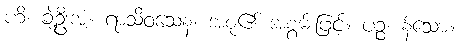
ဟိ၊ ချဲ့ဦးအံ့။ ရာသိဝသေန၊ အစု၏ အစွမ်းဖြင့်။ ပဉ္စ၊ န်သော။